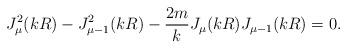
LaTeX: \begin{align*}J^2_{\mu}(k R) - J^2_{\mu-1}(k R) - \frac{2m}{k} J_{\mu}(k R)J_{\mu-1}(k R)=0.\end{align*}